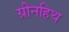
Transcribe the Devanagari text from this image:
ग्रीनहिथ